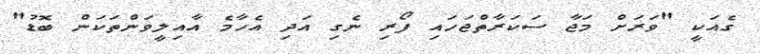
ގެއަކީ "ވަރަށް މަޖާ ސަކަރާތްޖަހައި ފޯރި ނެގި އަދި އެހާމެ އާއިލީވަންތަކަން ބޮޑު"